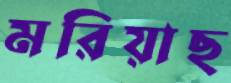
মরিয়াছ